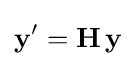
\mathbf {y} '=\mathbf {H} \,\mathbf {y}